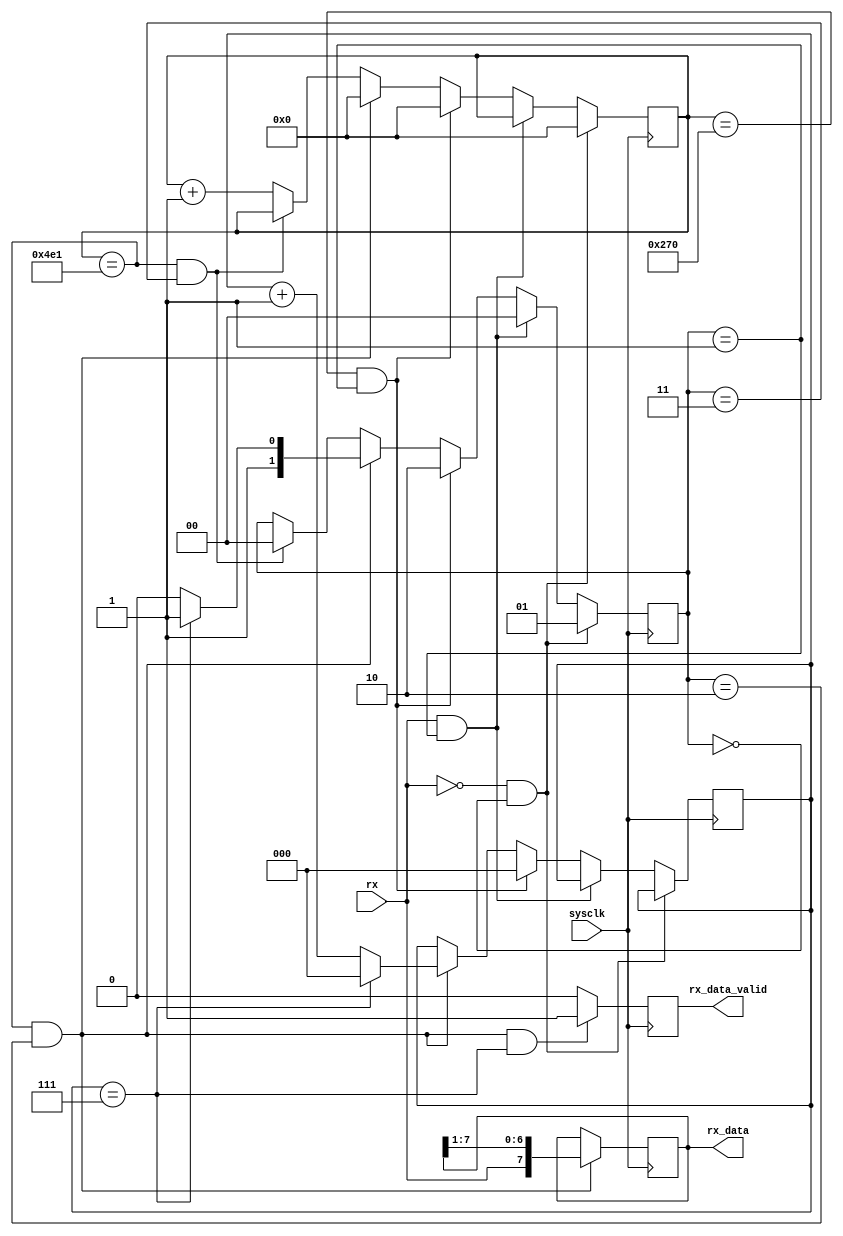
`timescale 1ns / 1ps
//////////////////////////////////////////////////////////////////////////////////
// Company: 
// Engineer: 
// 
// Design Name: 
// Module Name: UART_RX
// Project Name: 
// Target Devices: Arty S7
// Tool Versions: 
// Description: UART
// 
// Dependencies: 
// 
// Revision:
// Revision 1.0 - File Created
// Additional Comments:
// 
//////////////////////////////////////////////////////////////////////////////////

module UART_RX #
(
    parameter DATA_WIDTH = 8   // 
)
(
    input sysclk,        // 
    output reg [DATA_WIDTH-1:0] rx_data,   // 
    output reg rx_data_valid,    // 
    input rx             // 
);

    parameter SCALE = 1250;   // FPGA(9600)
    parameter SCALE_BITS = 11;

    reg [SCALE_BITS-1:0] scale_cnt;   // 

    reg [1:0] rx_state;   // UART
    // rx_state = 0, 
    // rx_state = 1, 
    // rx_state = 2, 
    // rx_state = 3, 

    reg [2:0] data_cnt;      // 0DATA_WIDTH-1

    initial rx_state <= 0;

    initial rx_data_valid <= 0;

    always @ (posedge sysclk) begin
        if (rx == 0 && rx_state == 0) begin
            scale_cnt <= 0;
            rx_state <= 1;
        end 
        else if (rx == 1 && rx_state == 1) begin
            rx_state <= 0;  
        end
        else if (scale_cnt == (SCALE / 2 - 1) && rx_state == 1) begin
            scale_cnt <= 0;
            rx_state <= 2;
            data_cnt <= 0;  
        end
        else if (scale_cnt == (SCALE - 1) && rx_state == 2) begin
            scale_cnt <= 0;
            rx_state <= (data_cnt == DATA_WIDTH - 1) ? 3 : 2;
            data_cnt <= (data_cnt == DATA_WIDTH - 1) ? 0 : data_cnt + 1;
        end
        else if (scale_cnt == (SCALE - 1) && rx_state == 3) begin
            rx_state <= 0;
        end
        else scale_cnt <= scale_cnt + 1;
    end

    always @ (posedge sysclk) begin
        if (scale_cnt == (SCALE - 1) && rx_state == 2) 
            rx_data <= { rx, rx_data[DATA_WIDTH-1:1] };  
    end

    always @ (posedge sysclk) begin
        if (scale_cnt == (SCALE - 1) && rx_state == 2 && data_cnt == (DATA_WIDTH - 1))
            rx_data_valid <= 1;
        else rx_data_valid <= 0; 
    end



endmodule